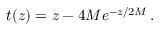
t ( z ) = z - 4 M e ^ { - z / 2 M } \, .